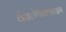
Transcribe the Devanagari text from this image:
वेनलेफैक्साइन